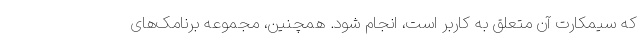
که سیمکارت آن متعلق به کاربر است، انجام شود. همچنین، مجموعه برنامک‌های